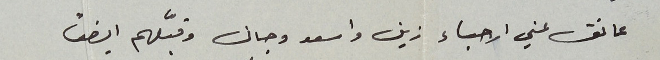
عانق عني الاحباء زين واسعد وجان وقبَّلهم ايضًا